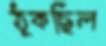
ঠুকছিল